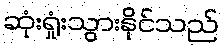
ဆုံးရှုံးသွားနိုင်သည်